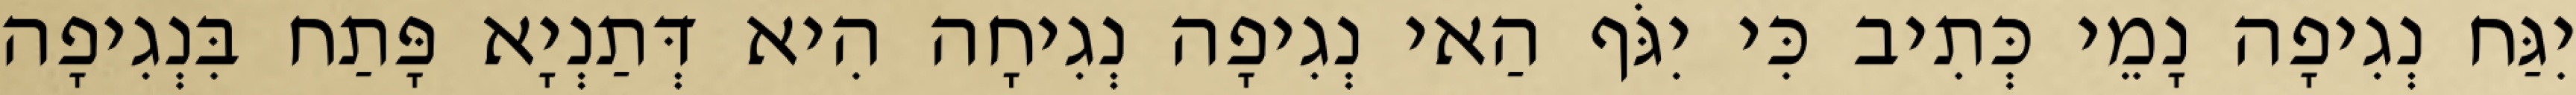
יִגַּח נְגִיפָה נָמֵי כְּתִיב כִּי יִגֹּף הַאי נְגִיפָה נְגִיחָה הִיא דְּתַנְיָא פָּתַח בִּנְגִיפָה